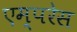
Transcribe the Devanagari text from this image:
एम्परेस